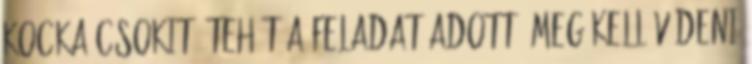
kocka csokit. Tehát a feladat adott, meg kell védeni